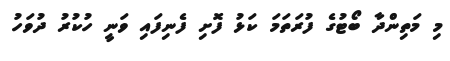
މި މަތިންދާ ބޯޓުގެ ފުރަތަމަ ކަޅު ފޮށި ފެނިފައި ވަނީ ހުކުރު ދުވަހު